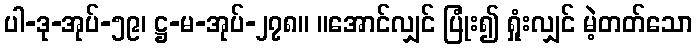
ပါ-ဒု-အုပ်-၅၉၊ ဋ္ဌ-မ-အုပ်-၂၇၈။ ။အောင်လျှင် ပြုံး၍ ရှုံးလျှင် မဲ့တတ်သော